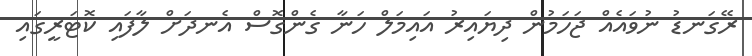
ރޭގަނޑު ނުވައެއް ޖަހަމުން ދިޔައިރު އައިމަލް ހަނާ ގެންގޮސް އެނދަށް ލާފައި ކޮޓަރީގައި